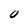
Character: 0